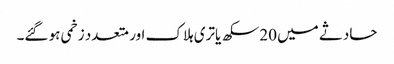
حادثے میں 20 سکھ یاتری ہلاک اور متعدد زخمی ہو گئے۔